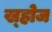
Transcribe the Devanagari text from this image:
ख्होज